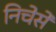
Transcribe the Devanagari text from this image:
निचेसे